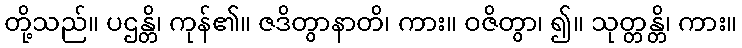
တို့သည်။ ပဌန္တိ၊ ကုန်၏။ ဇဒိတွာနာတိ၊ ကား။ ဝဇိတွာ၊ ၍။ သုတ္တန္တိ၊ ကား။